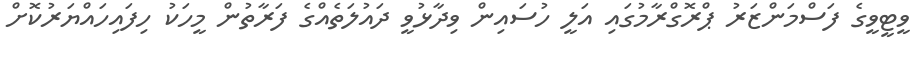
ވީޓީވީގެ ފަސްމަންޒަރު ޕްރޮގްރާމުގައި އަލީ ހުސައިން ވިދާޅުވީ ދައުލަތެއްގެ ފަރާތުން މީހަކު ހިފައިހައްޔަރުކޮށް